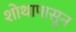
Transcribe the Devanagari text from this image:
शोथापासून